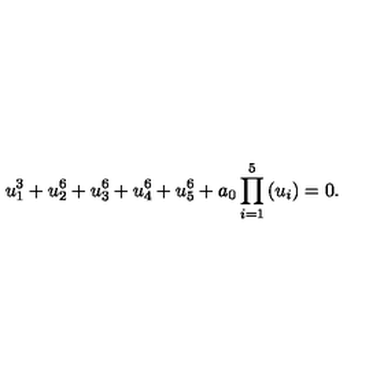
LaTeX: u _ { 1 } ^ { 3 } + u _ { 2 } ^ { 6 } + u _ { 3 } ^ { 6 } + u _ { 4 } ^ { 6 } + u _ { 5 } ^ { 6 } + a _ { 0 } \prod _ { i = 1 } ^ { 5 } \left( u _ { i } \right) = 0 .